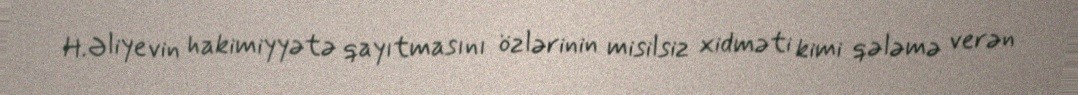
H.Əliyevin hakimiyyətə qayıtmasını özlərinin misilsiz xidməti kimi qələmə verən